65_HS1-834228961_62-HQ-83894_Section_5
Agency: FBI
Page 101
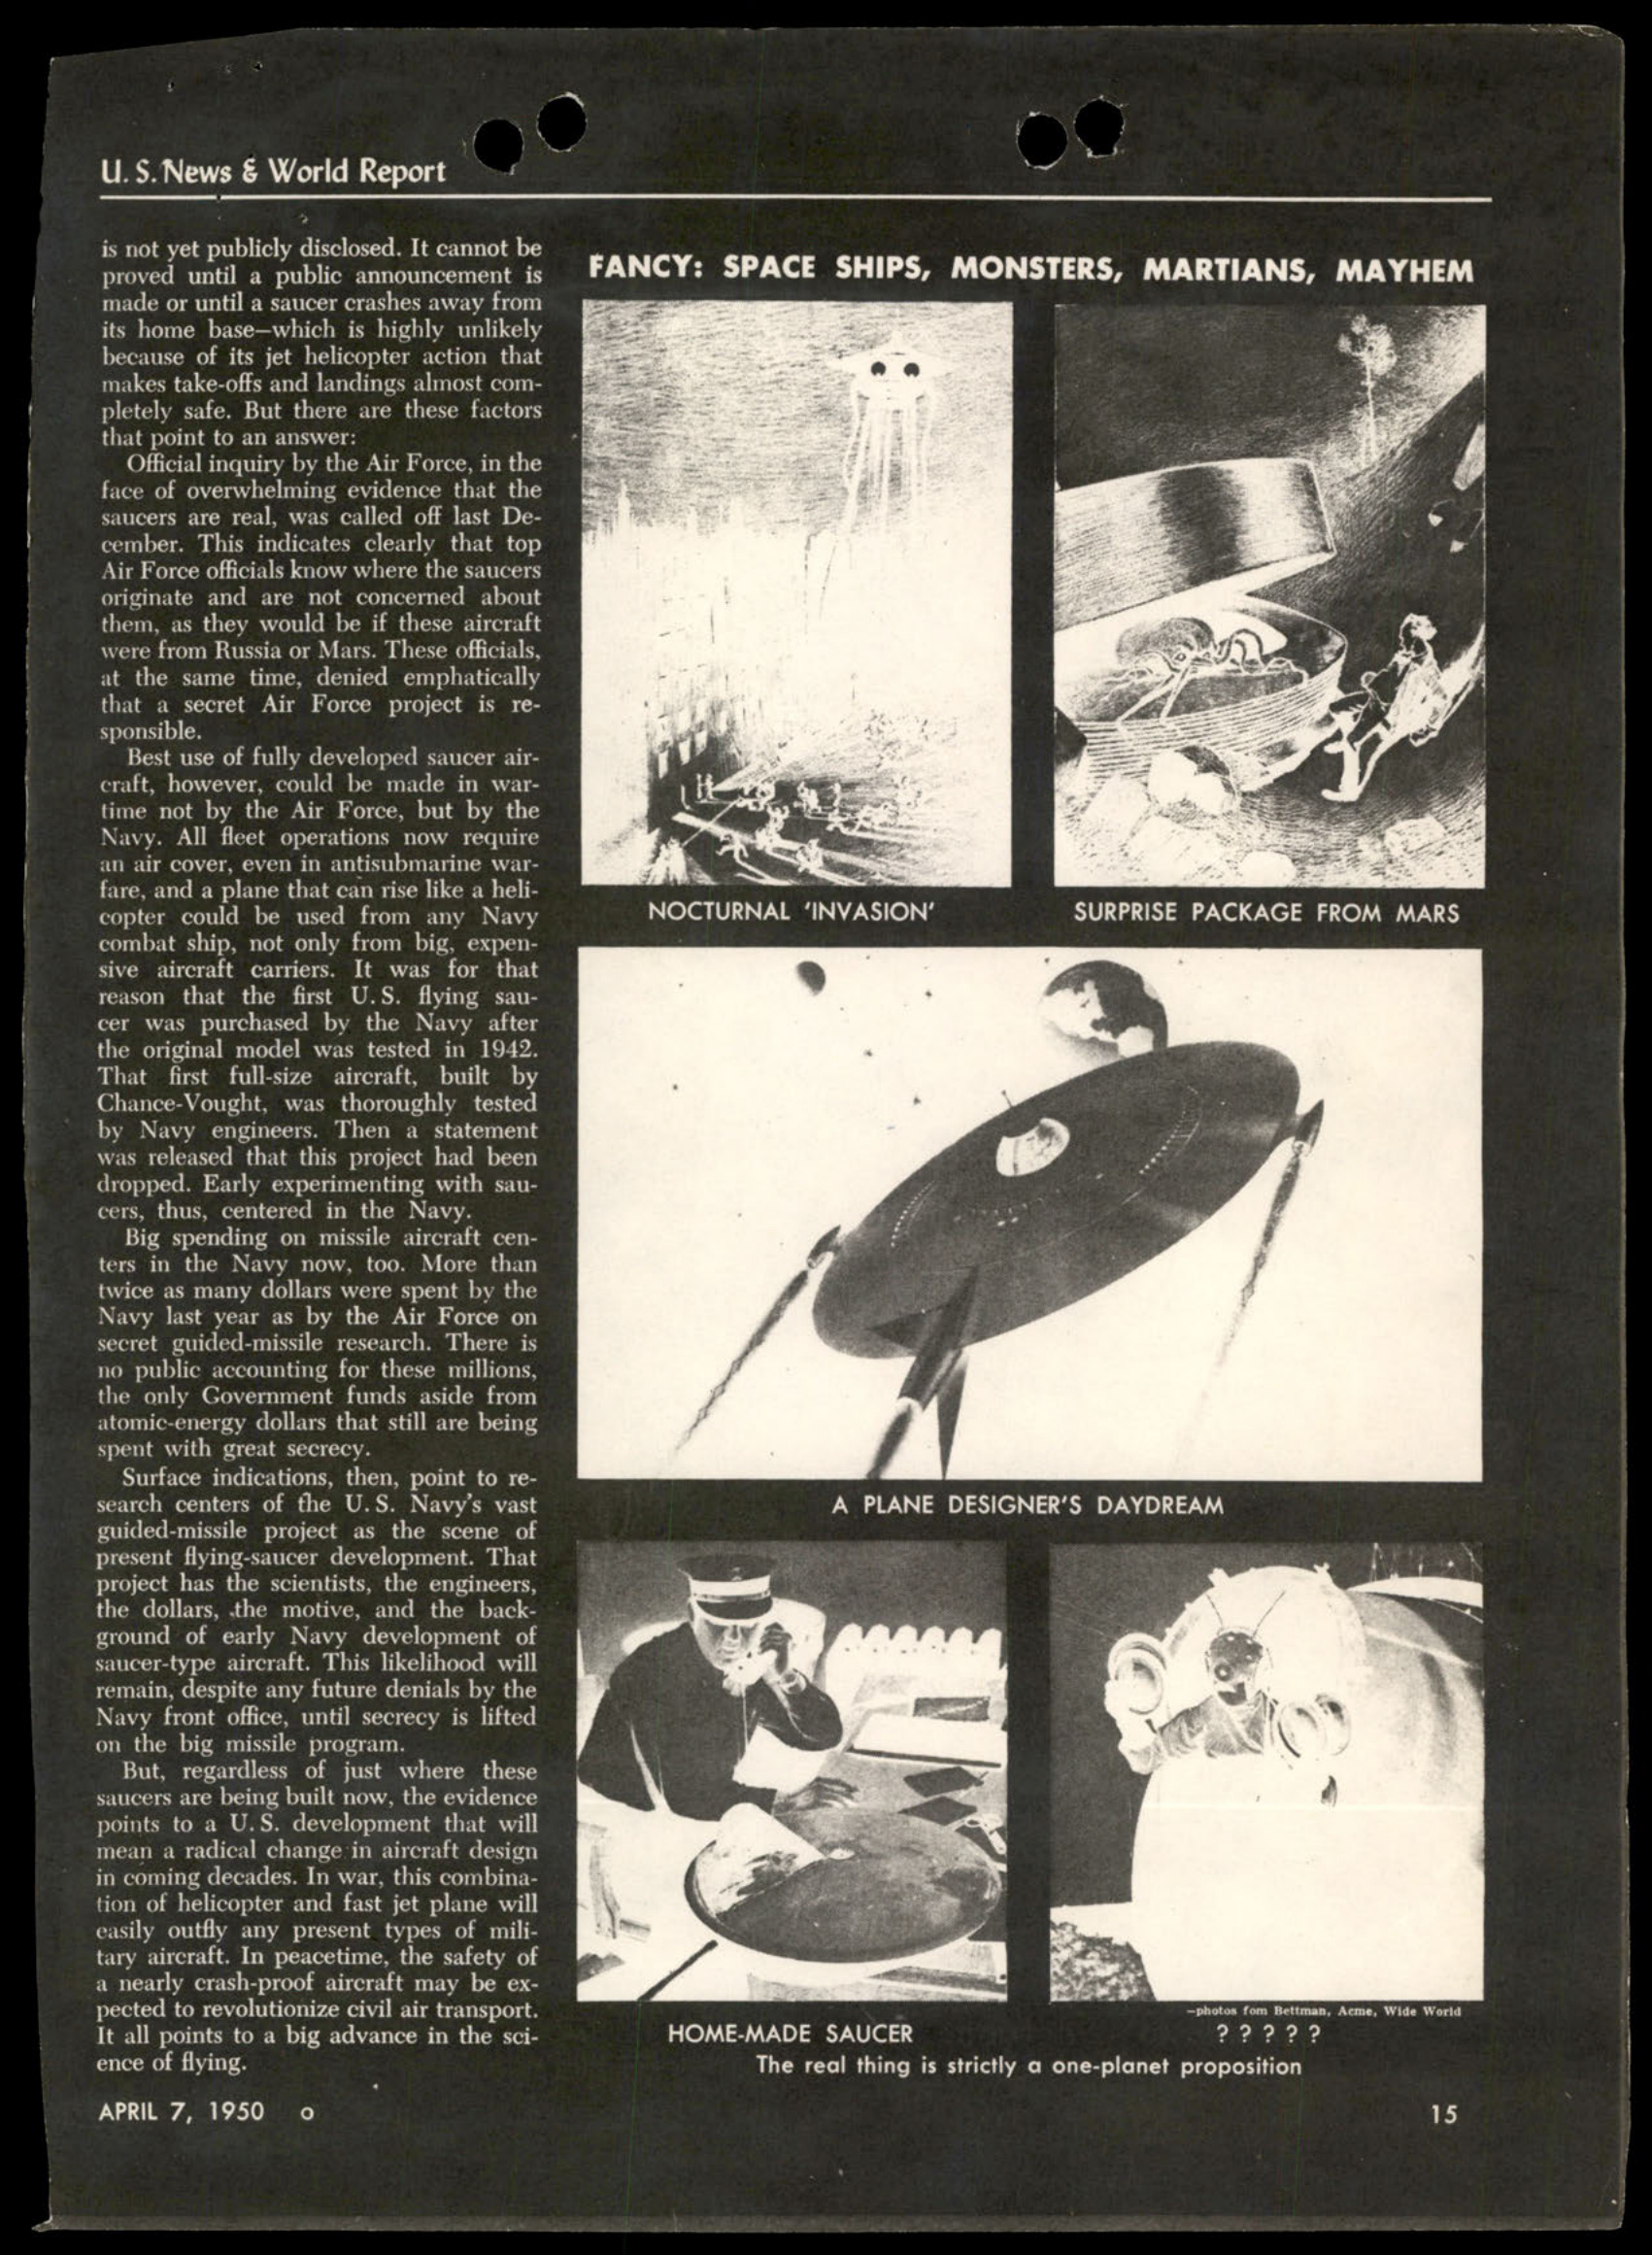